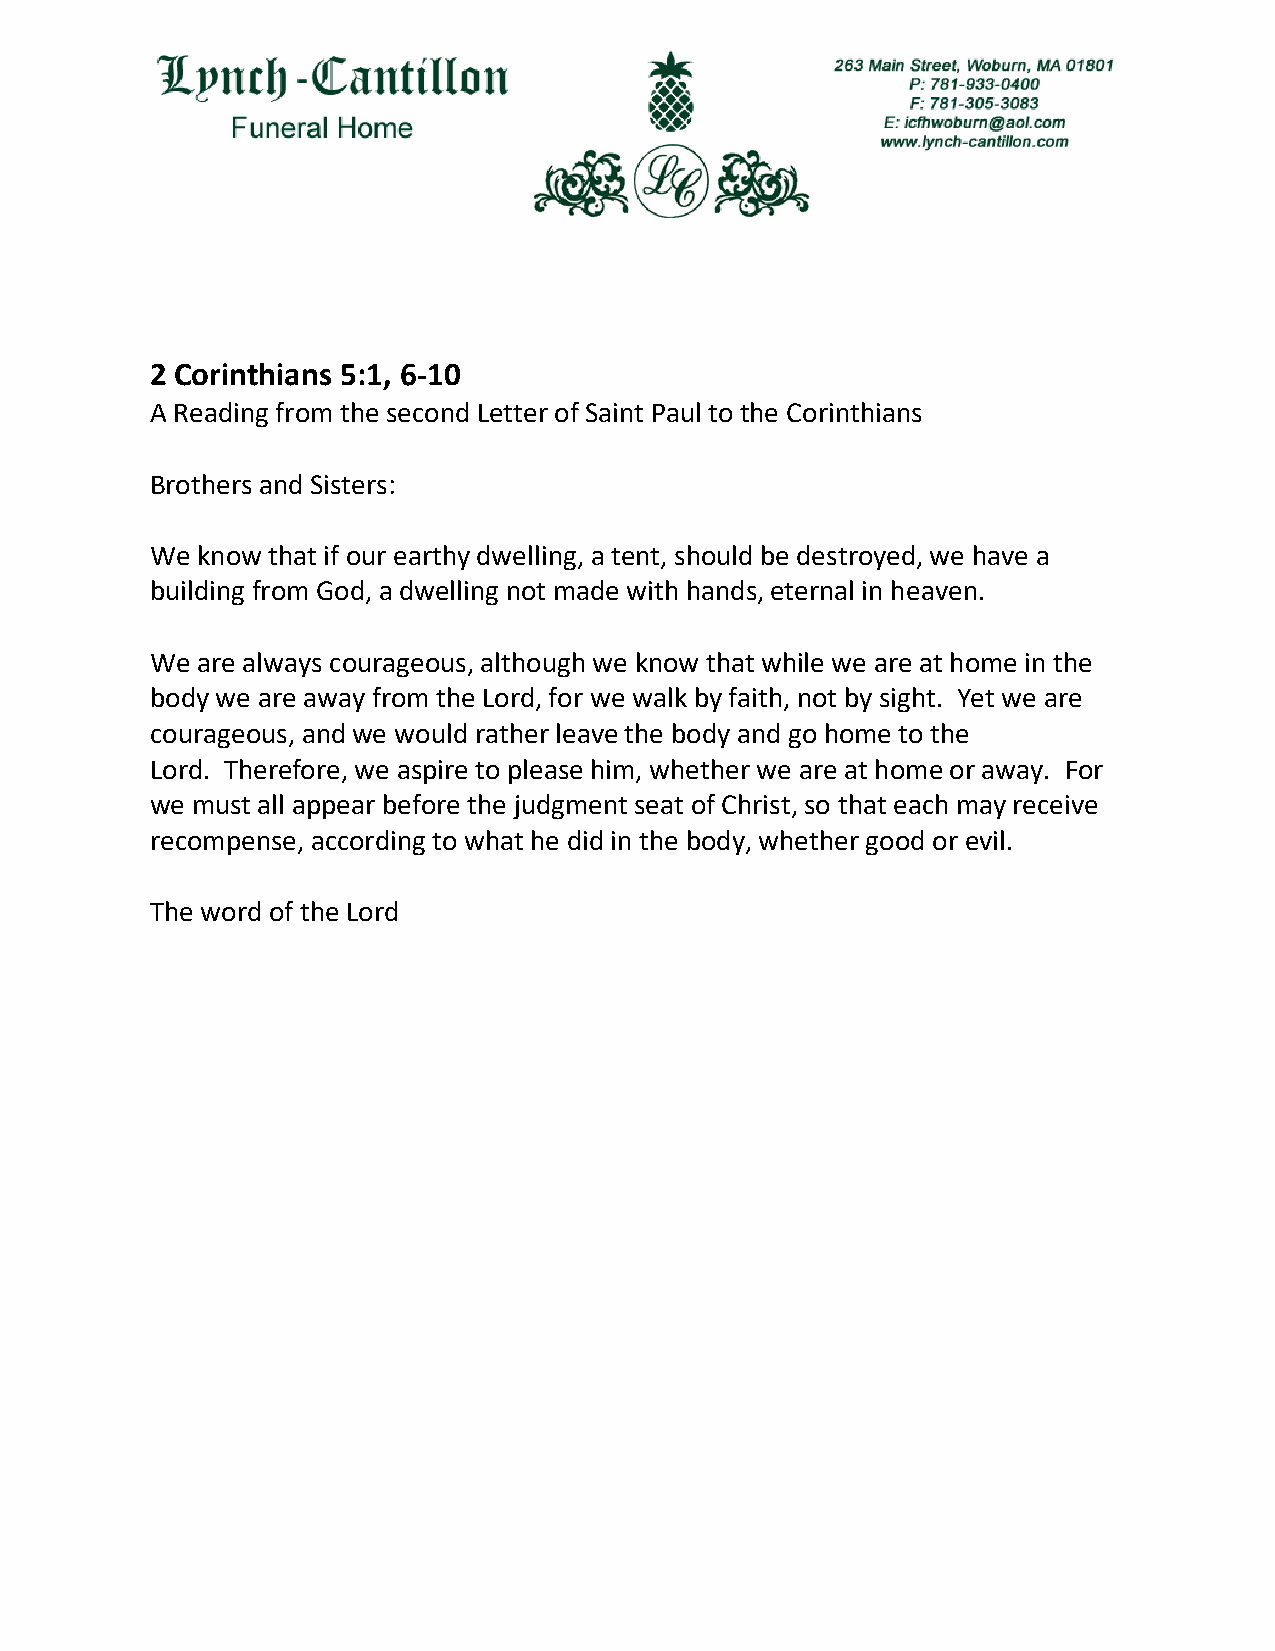
2 Corinthians 5:1, 6-10
 A Reading from the second Letter of Saint Paul to the Corinthians
 Brothers and Sisters:
 We know that if our earthy dwelling, a tent, should be destroyed, we have a
 building from God, a dwelling not made with hands, eternal in heaven.
 We are always courageous, although we know that while we are at home in the
 body we are away from the Lord, for we walk by faith, not by sight. Yet we are
 courageous, and we would rather leave the body and go home to the
 Lord. Therefore, we aspire to please him, whether we are at home or away. For
 we must all appear before the judgment seat of Christ, so that each may receive
 recompense, according to what he did in the body, whether good or evil.
 The word of the Lord